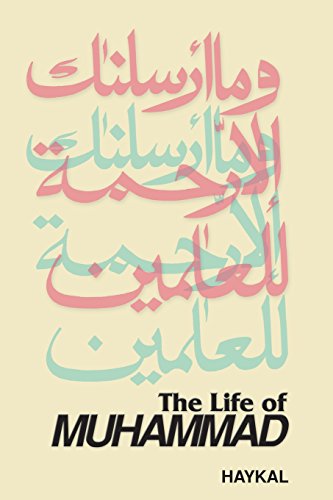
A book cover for The Life of Muhammad; Muhammad Husayn Haykal; Religion & Spirituality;